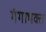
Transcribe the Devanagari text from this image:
गंगाभक्त